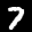
Label: 7